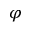
\varphi